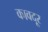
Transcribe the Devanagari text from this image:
कावदूर